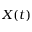
X ( t )